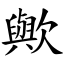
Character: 歟